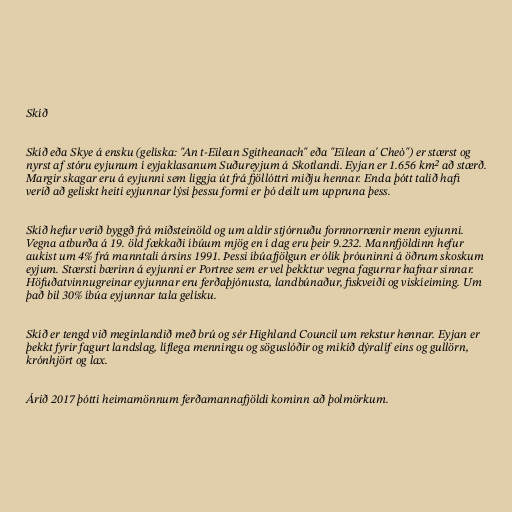
Skíð

Skíð eða Skye á ensku (gelíska: "An t-Eilean Sgitheanach" eða "Eilean a' Cheò") er stærst og
nyrst af stóru eyjunum í eyjaklasanum Suðureyjum á Skotlandi. Eyjan er 1.656 km² að stærð.
Margir skagar eru á eyjunni sem liggja út frá fjöllóttri miðju hennar. Enda þótt talið hafi
verið að gelískt heiti eyjunnar lýsi þessu formi er þó deilt um uppruna þess.

Skíð hefur verið byggð frá miðsteinöld og um aldir stjórnuðu fornnorrænir menn eyjunni.
Vegna atburða á 19. öld fækkaði íbúum mjög en í dag eru þeir 9.232. Mannfjöldinn hefur
aukist um 4% frá manntali ársins 1991. Þessi íbúafjölgun er ólík þróuninni á öðrum skoskum
eyjum. Stærsti bærinn á eyjunni er Portree sem er vel þekktur vegna fagurrar hafnar sinnar.
Höfuðatvinnugreinar eyjunnar eru ferðaþjónusta, landbúnaður, fiskveiði og viskíeiming. Um
það bil 30% íbúa eyjunnar tala gelísku.

Skíð er tengd við meginlandið með brú og sér Highland Council um rekstur hennar. Eyjan er
þekkt fyrir fagurt landslag, líflega menningu og söguslóðir og mikið dýralíf eins og gullörn,
krónhjört og lax.

Árið 2017 þótti heimamönnum ferðamannafjöldi kominn að þolmörkum.